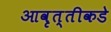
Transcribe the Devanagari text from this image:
आवृत्तीकडे